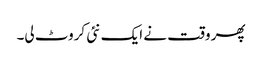
پھر وقت نے ایک نئی کروٹ لی۔